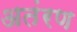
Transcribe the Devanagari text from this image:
अतंरण